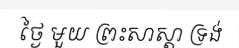
ថ្ងៃ មួយ ព្រះសាស្តា ទ្រង់